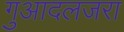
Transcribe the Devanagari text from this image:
गुआदलजरा